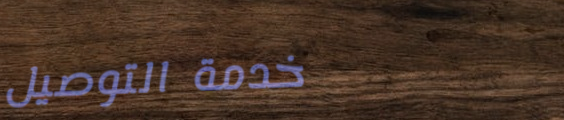
خدمة التوصيل